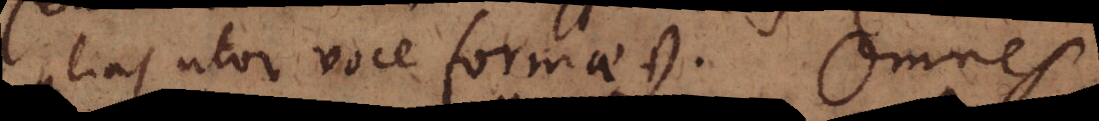
alias utor voce formae +). Omnes